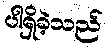
ပါရှိခဲ့သည်